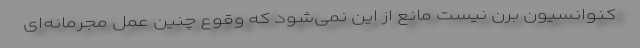
کنوانسیون برن نیست مانع از این نمی‌شود که وقوع چنین عمل مجرمانه‌ای